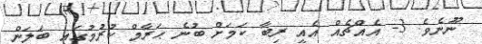
ނޫނެވެ. 3- އެއްޗެއް އެއީ ރިބާ ކަމަށް ބުނެ ޙަރާމް ކުރުމުގައި ބަލަން